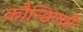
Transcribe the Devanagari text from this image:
कौन्डिण्यौ